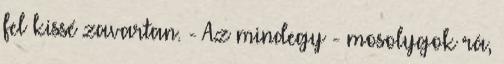
fel kissé zavartan. - Az mindegy - mosolygok rá,